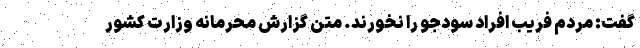
گفت: مردم فریب افراد سودجو را نخورند. متن گزارش محرمانه وزارت کشور